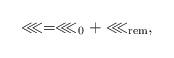
LaTeX: \begin{align*} \lll = \lll_{0} + \lll_{\rm rem} ,\end{align*}